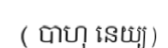
( បាហុ នេយ្យ )